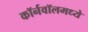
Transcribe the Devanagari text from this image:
कॉर्नवॉलमध्ये